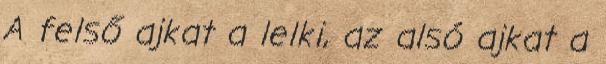
A felső ajkat a lelki, az alsó ajkat a